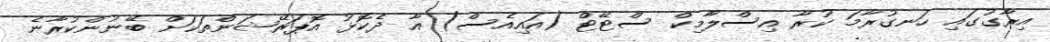
އިރާގުގައި ހަނގުރާމަ ކުރާ އިސްލާމިކް ސްޓޭޓް (އައިއެސް) އާ ދެކޮޅު އޮޕަރޭޝަންތަކަށް ބޭނުންކުރާނެ